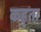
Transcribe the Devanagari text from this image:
कह्ता